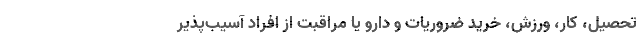
تحصیل، کار، ورزش، خرید ضروریات و دارو یا مراقبت از افراد آسیب‌پذیر